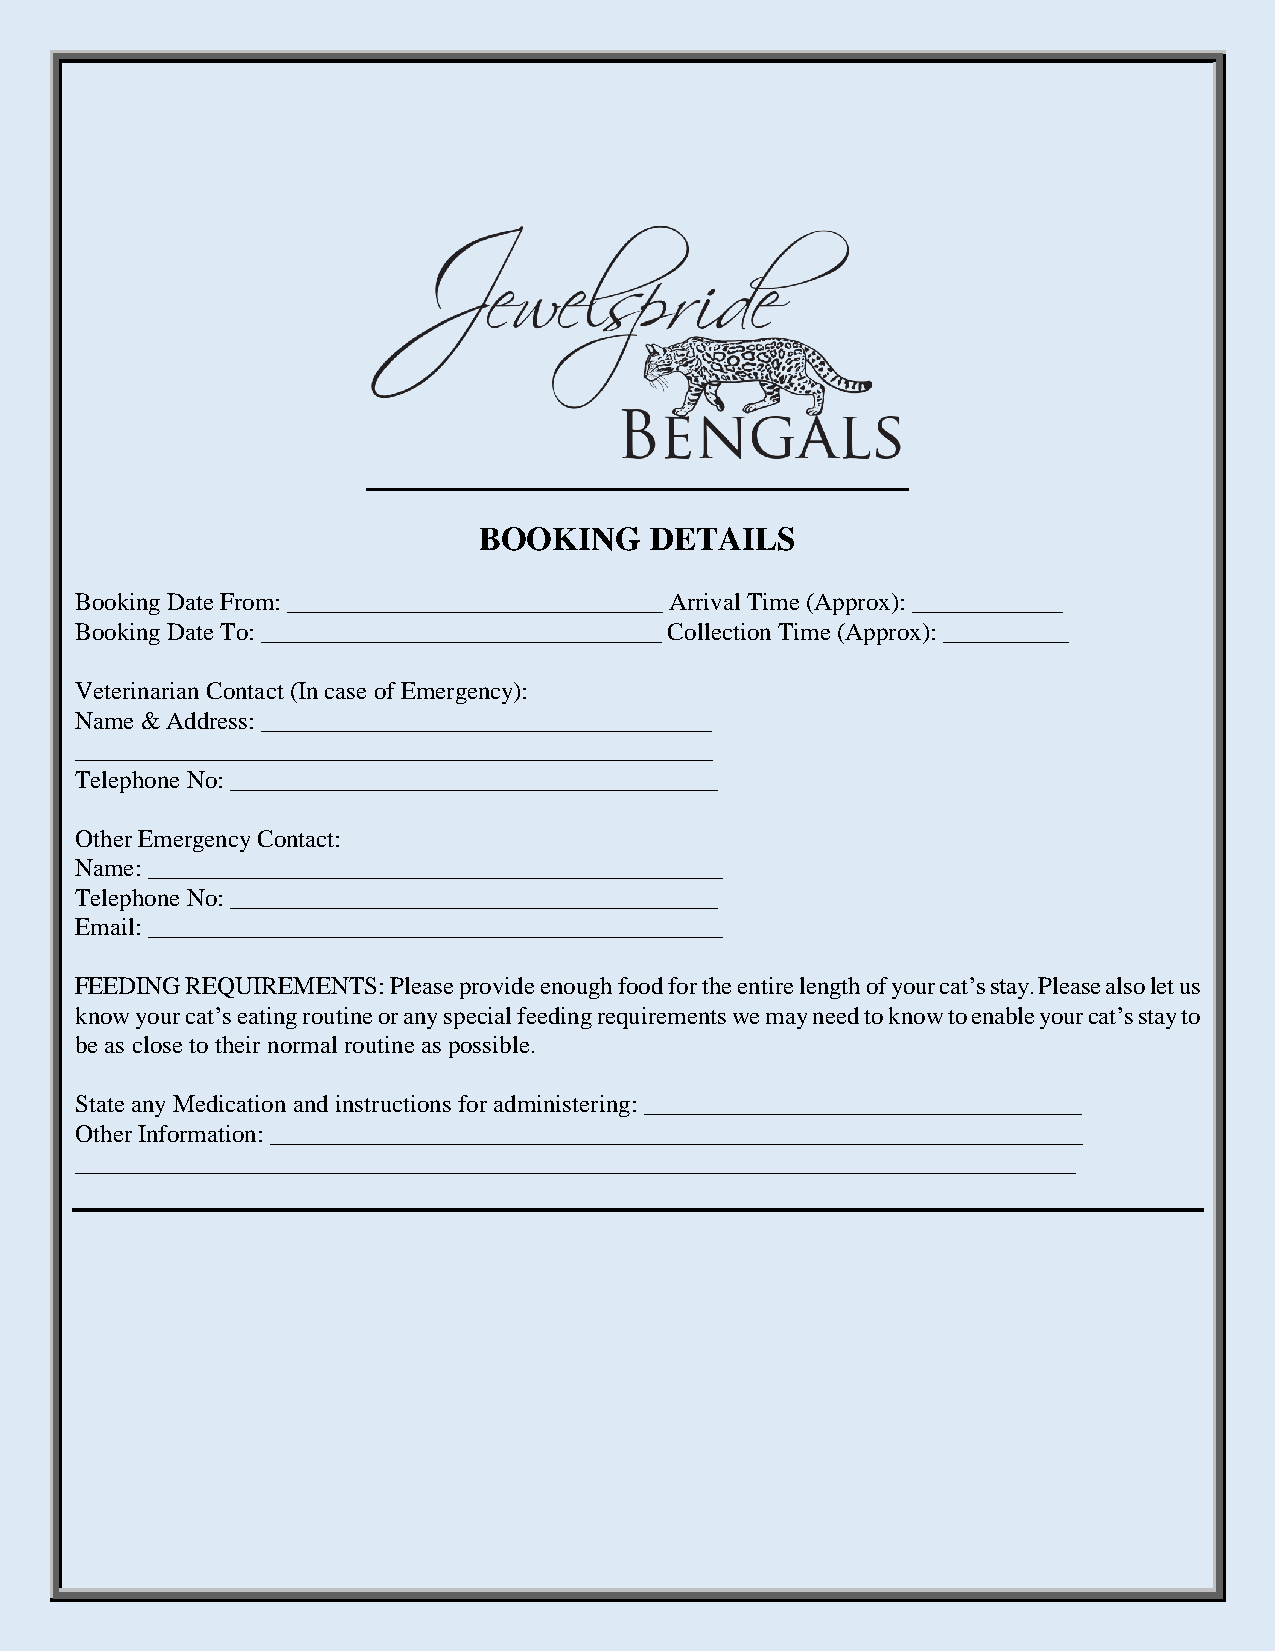
BOOKING    DETAILS
 Booking Date From: ______________________________ Arrival Time (Approx): ____________
 Booking Date To: ________________________________ Collection Time (Approx): __________
 Veterinarian Contact (In case of Emergency):
 Name & Address: ____________________________________
 ___________________________________________________
 Telephone No: _______________________________________
 Other Emergency Contact:
 Name: ______________________________________________
 Telephone No: _______________________________________
 Email: ______________________________________________
 FEEDING REQUIREMENTS: Please provide enough food for the entire length of your cat’s stay. Please also let us
 know your cat’s eating routine or any special feeding requirements we may need to know to enable your cat’s stay to
 be as close to their normal routine as possible.
 State any Medication and instructions for administering: ___________________________________
 Other Information: _________________________________________________________________
 ________________________________________________________________________________